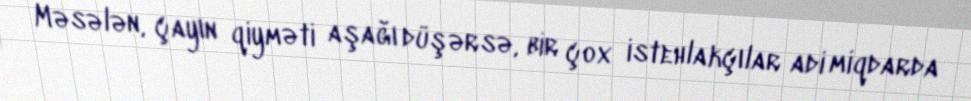
Məsələn, çayın qiyməti aşağı düşərsə, bir çox istehlakçılar adi miqdarda